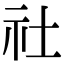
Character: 社